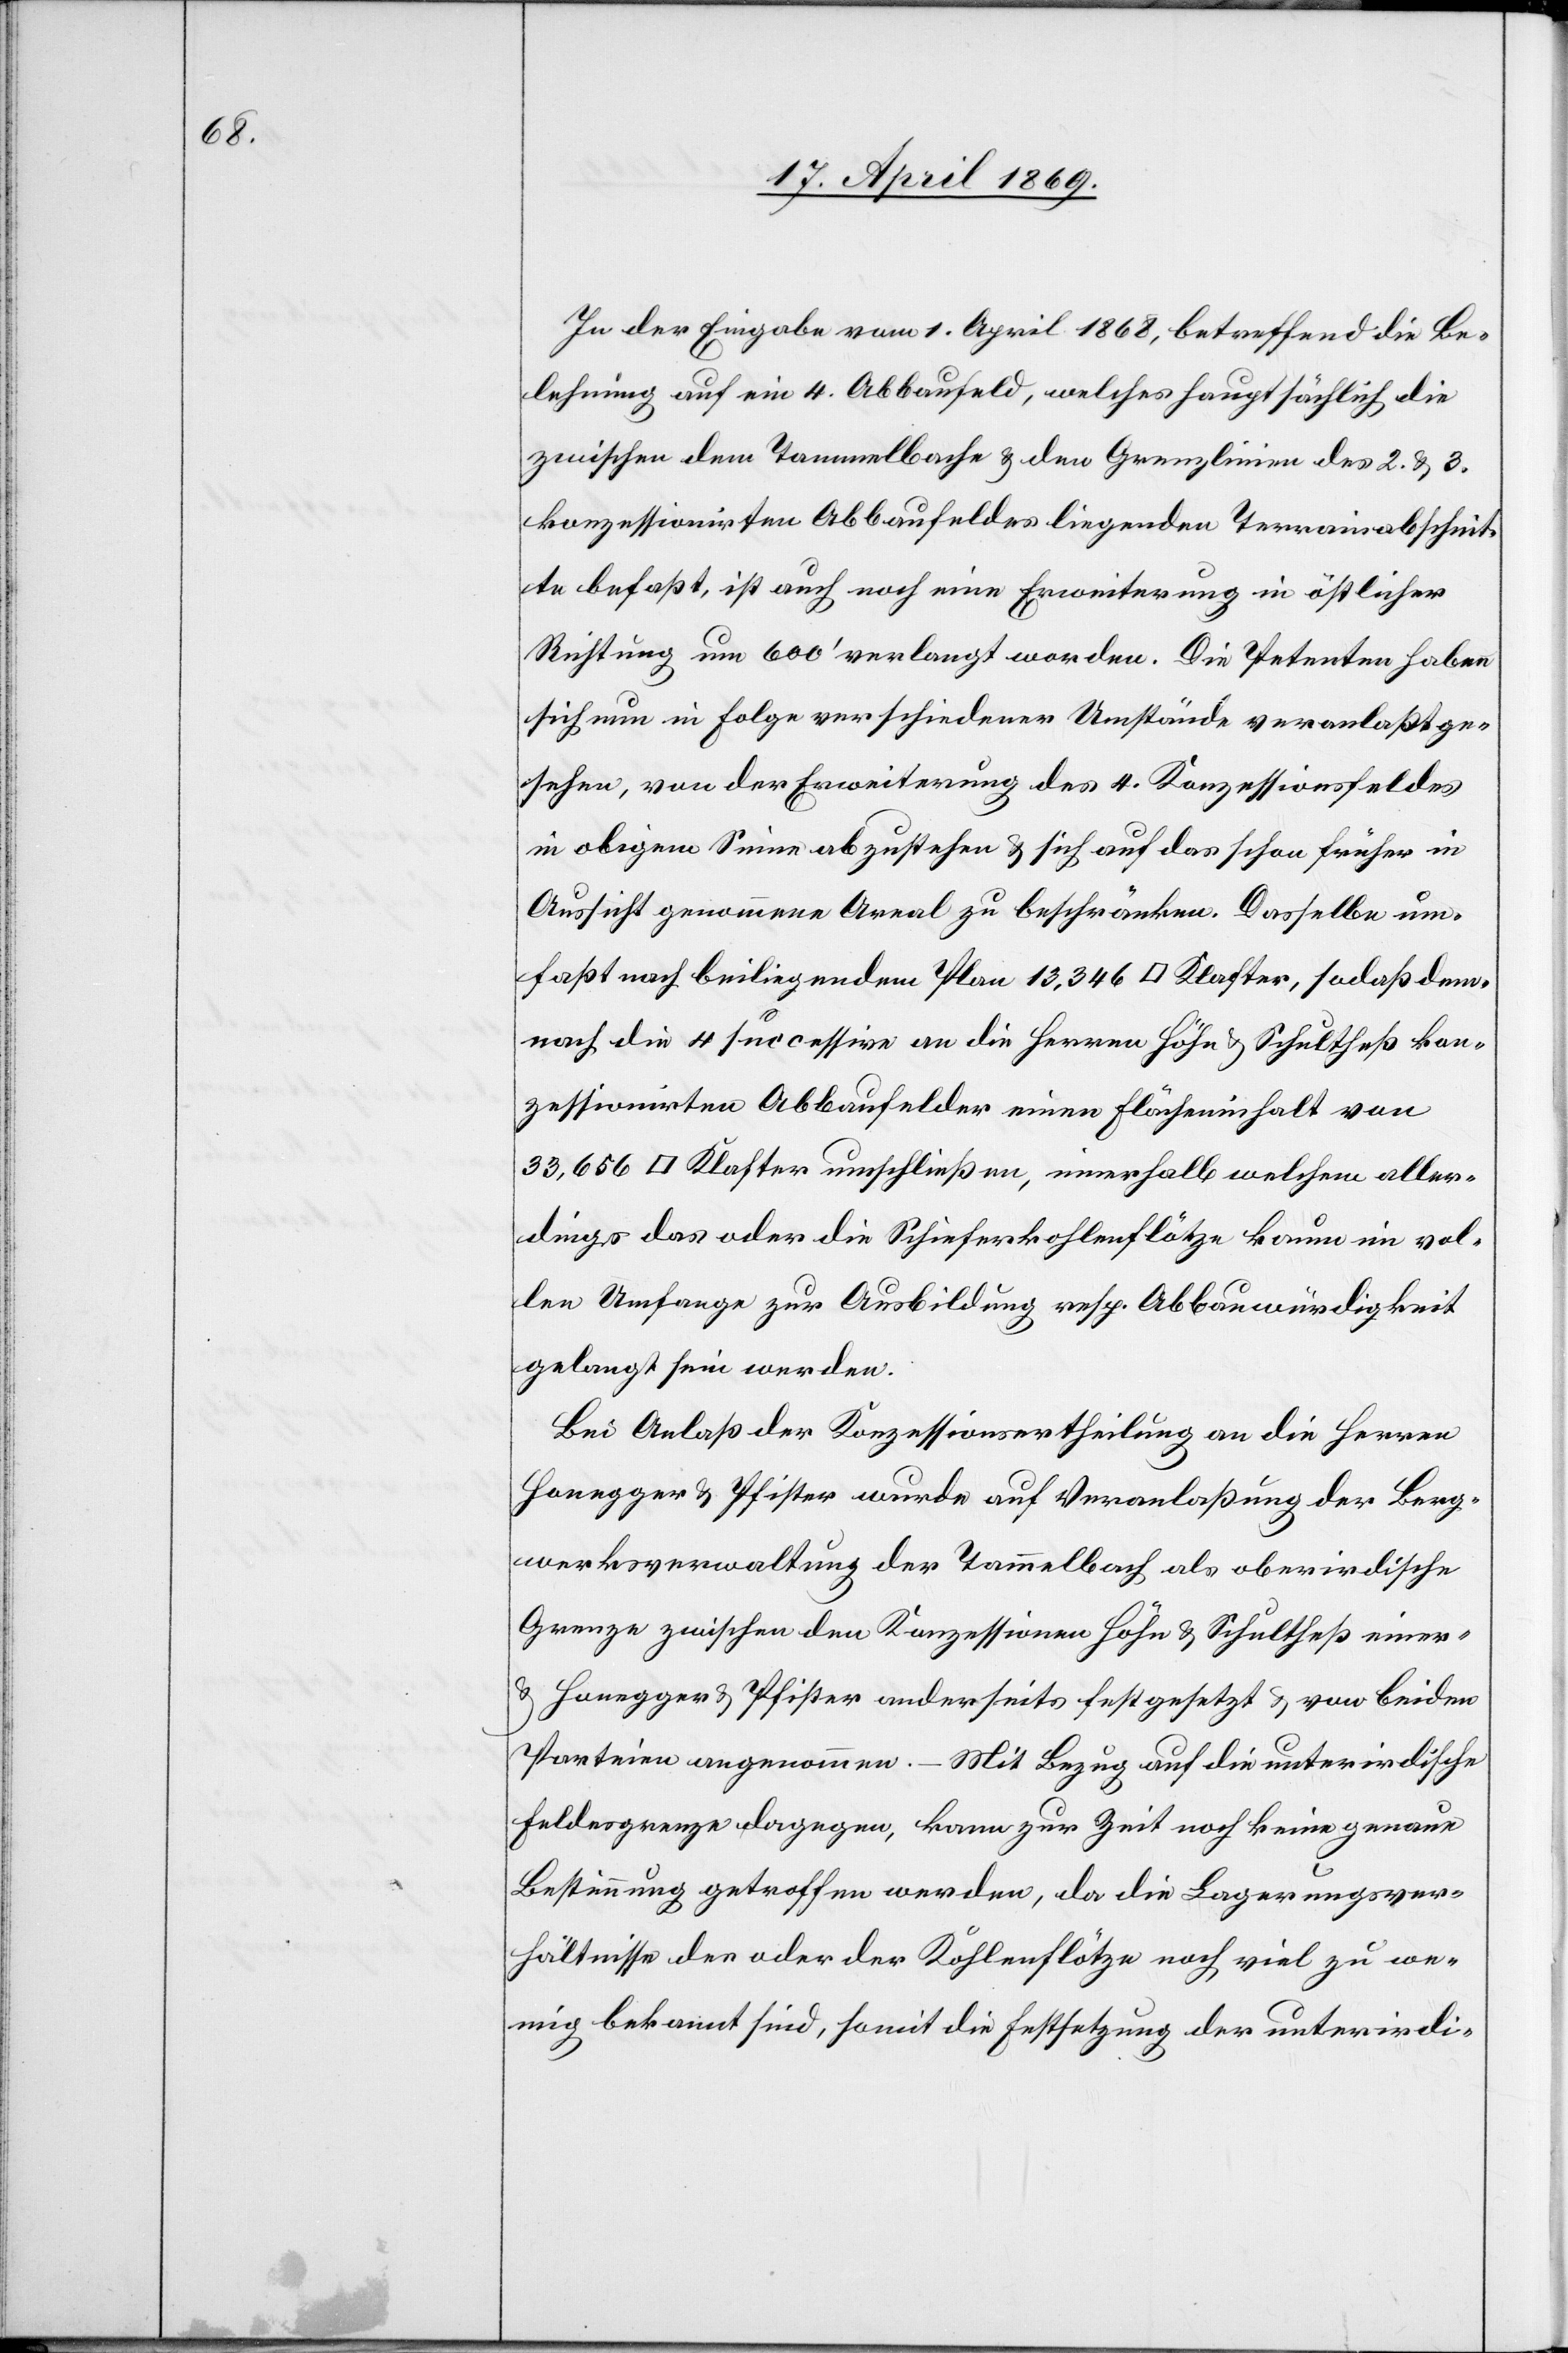
In der Eingabe vom 1 April 1868, betreffend die Be¬
lehnung auf ein 4. Abbaufeld, welches hauptsächlich die
zwischen dem Tammelbache u. den Grenzlinien des 2. u. 3.
konzessionirten Abbaufeldes liegenden Terrainabschnit¬
te befaßt, ist auch noch eine Erweiterung in östlicher
Richtung um 600’ verlangt worden. Die Petenten haben
sich nun in Folge verschiedener Umstände veranlaßt ge¬
sehen, von der Erweiterung des 4. Konzessionsfeldes
in obigem Sinne abzustehen u. sich auf das schon früher in
Aussicht genommene Areal zu beschränken. Dasselbe um¬
faßt nach beiliegendem Plan 13,346 [Quadrat]-Klaster, sodaß den¬
noch die 4 successive an die Herren Höhn u. Schultheß kon¬
zessionirten Abbaufelder einen Flächeninhalt von
33,656 [Quadrat]-Klaster umschließen, innerhalb welchem aller¬
dings das oder die Schieferkohlenflätze kaum in vol¬
lem Umfange zur Ausbildung resp. Abbauwürdigkeit
gelangt sein werden.
Bei Anlaß der Konzessionsertheilung an die Herren
Honegger u. Pfister wurde auf Veranlaßung der Berg¬
werksverwaltung der Tammelbach als oberirdische
Grenze zwischen den Konzessionen Höhn u. Schulthes einer-
u. Honegger u. Pfister anderseits festgesetzt u. von beiden
Parteien angenommen. – Mit Bezug auf die unterirdische
Feldesgrenze dagegen, kann zur Zeit noch keine genaue
Bestimmung getroffen werden, da die Lagerungsver¬
hältnisse des oder der Kohlenflötze noch viel zu we¬
nig bekannt sind, soweit die Festsetzung der unterirdi-